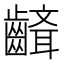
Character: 𪙘